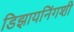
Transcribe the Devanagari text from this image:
डिझायनिंगशी